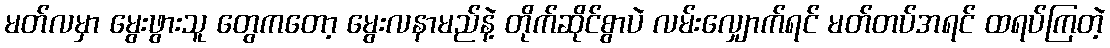
မတ်လမှာ မွေးဖွားသူ တွေကတော့ မွေးလနာမည်နဲ့ တိုက်ဆိုင်စွာပဲ လမ်းလျှောက်ရင် မတ်တပ်အရင် ထရပ်ကြတဲ့